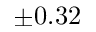
\pm 0 . 3 2